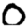
Digit: 0